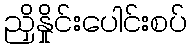
ညှိနှိုင်းပေါင်းစပ်